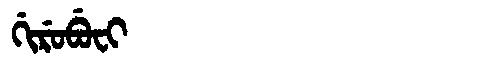
Manchu: ᡤᡳᡵᡠᠪᡠᠸᡳ
Romanization: GIRUBUFI